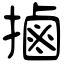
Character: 𢲸